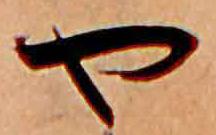
や